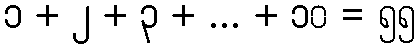
၁ + ၂ + ၃ + ... + ၁၀ = ၅၅